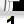
Digit: 1